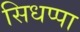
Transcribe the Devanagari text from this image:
सिधप्पा